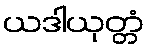
ယဒါယုတ္တံ